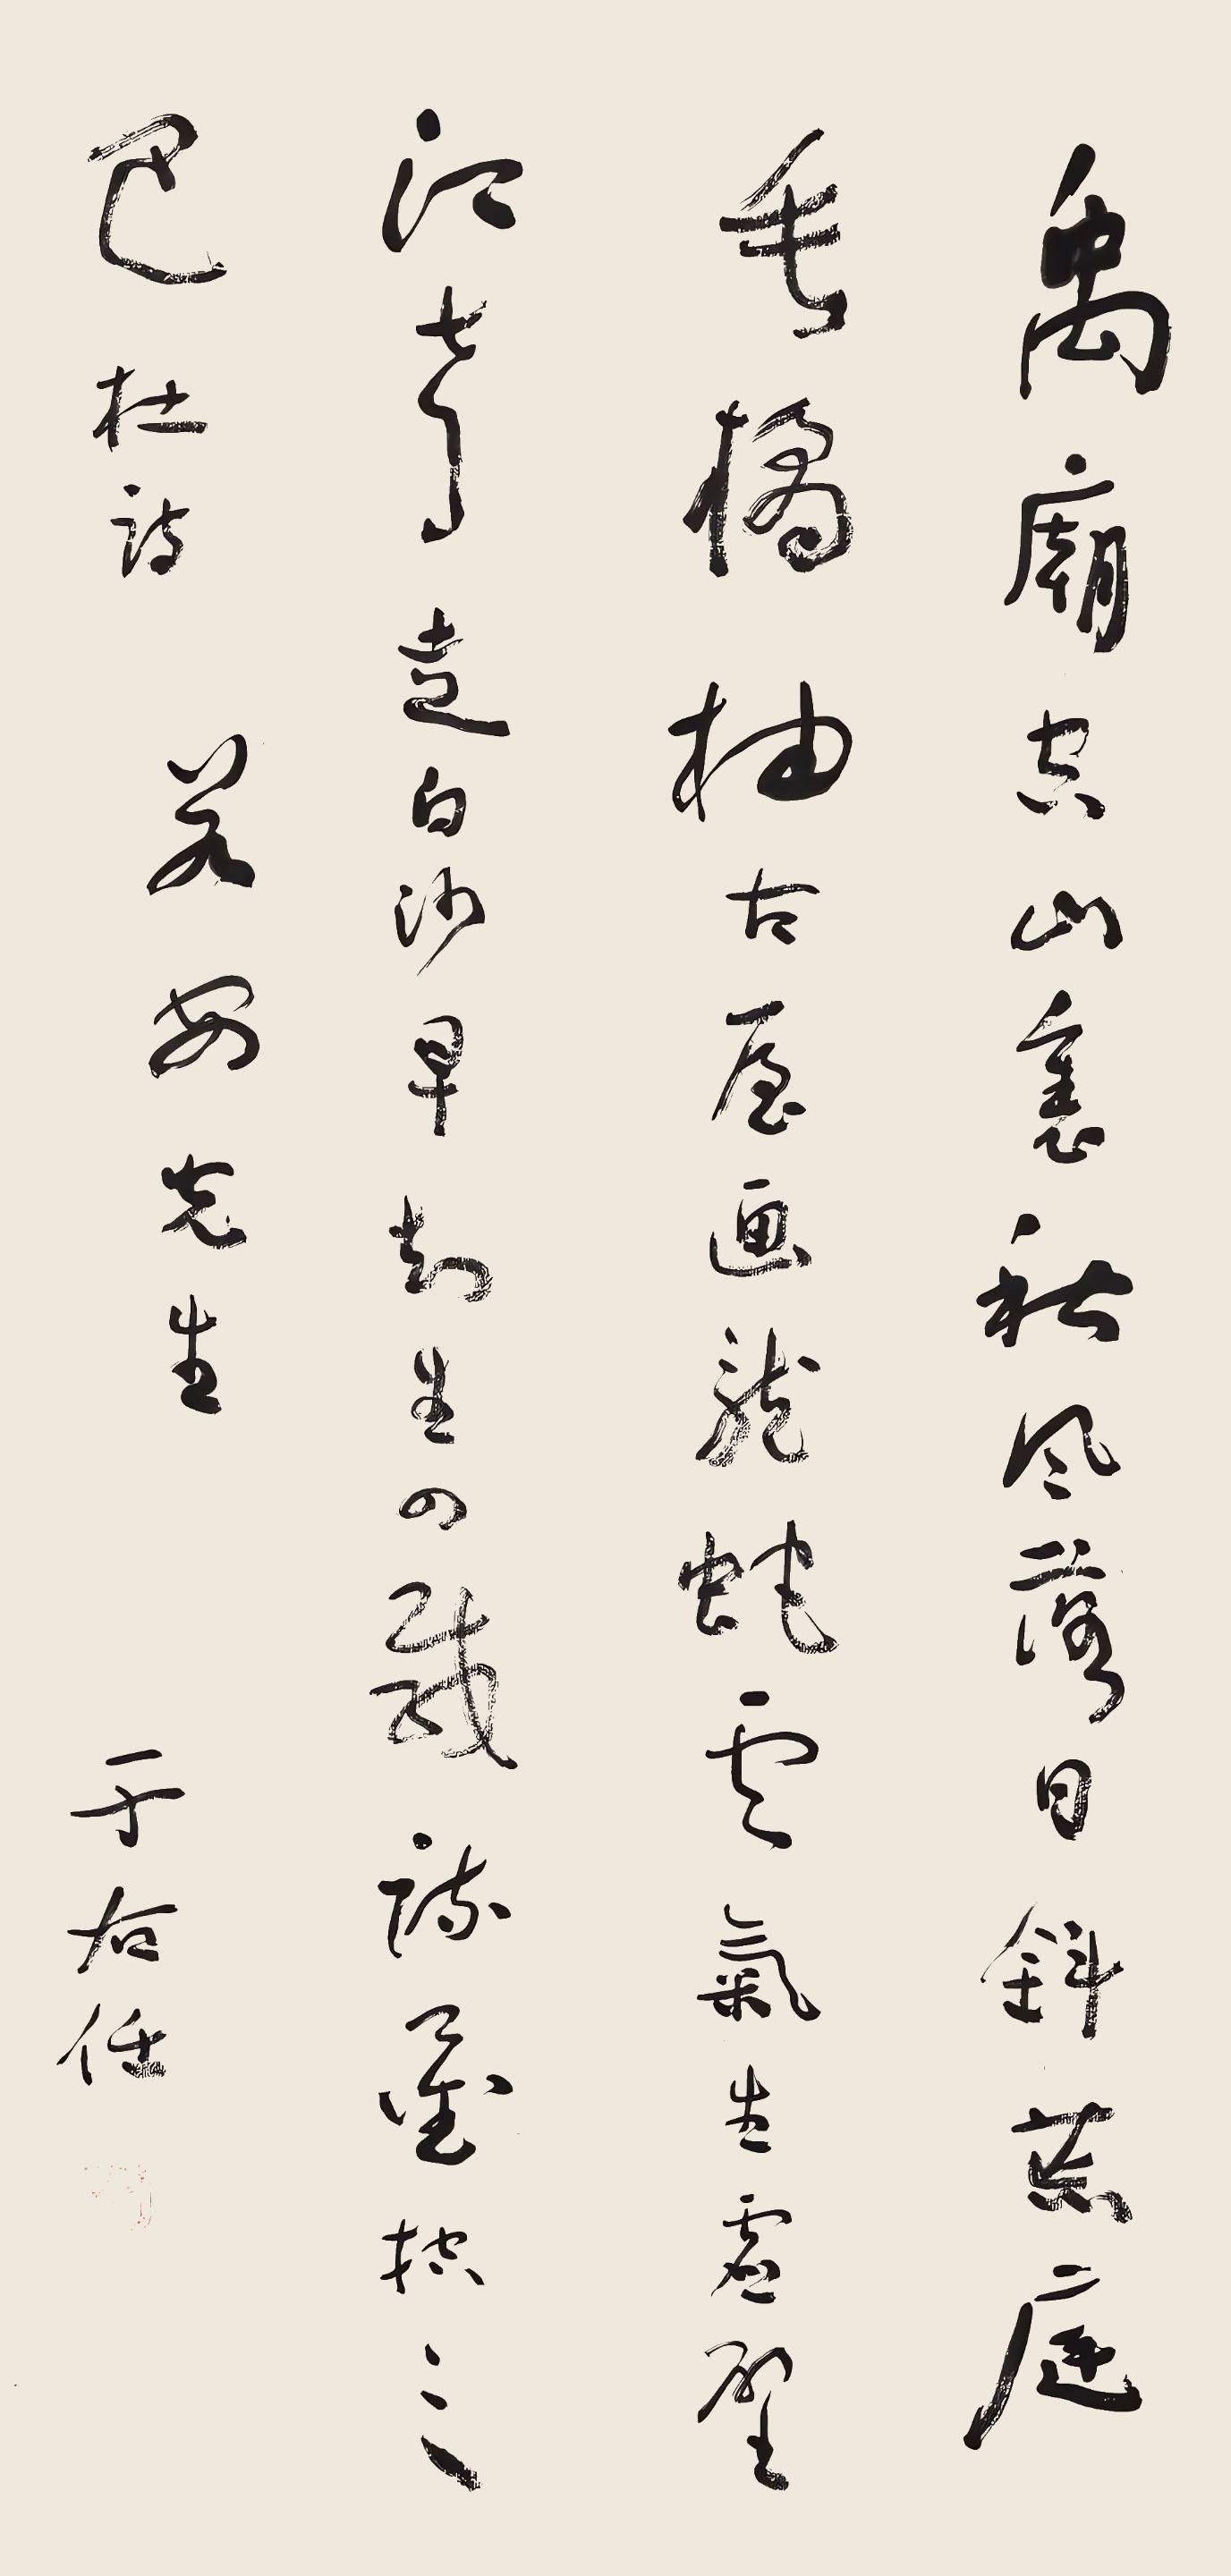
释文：禹庙空山里，秋风落日斜。荒庭垂桔柚，古屋画龙蛇。云气生虚壁，江声走白沙。早知生四载，疏凿控三巴。杜诗。若安先生。于右任。